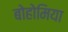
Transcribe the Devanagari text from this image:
बोहोमिया